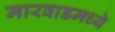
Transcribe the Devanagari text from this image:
मारवाडमध्ये